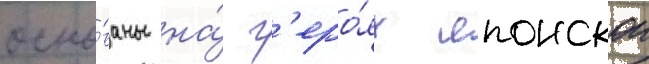
осно́ваны на́ г'еро́ях японскои